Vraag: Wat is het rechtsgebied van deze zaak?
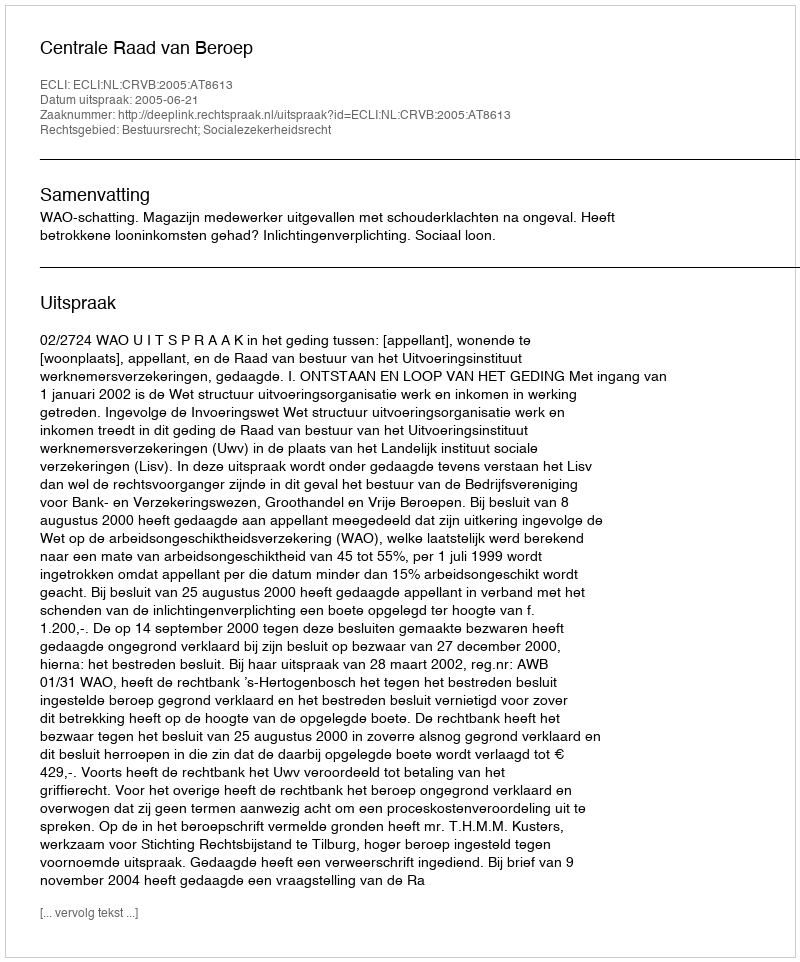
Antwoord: Bestuursrecht; Socialezekerheidsrecht